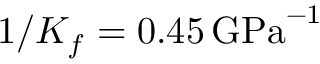
1 / K _ { f } = 0 . 4 5 \, \mathrm { { G P a } ^ { - 1 } }